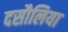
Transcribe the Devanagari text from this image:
दसौलिया